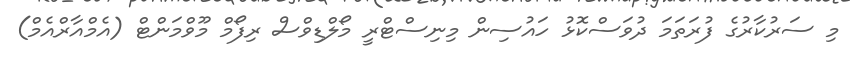
މި ސަރުކާރުގެ ފުރަތަމަ ދުވަސްކޮޅު ހައުސިން މިނިސްޓްރީ މޯލްޑިވްސް ރިފޯމް މޫވްމަންޓް (އެމްއާރްއެމް)